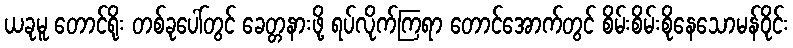
ယခုမူ တောင်ရိုး တစ်ခုပေါ်တွင် ခေတ္တနားဖို့ ရပ်လိုက်ကြရာ တောင်အောက်တွင် စိမ်းစိမ်းစိုနေသောမန်ဝိုင်း